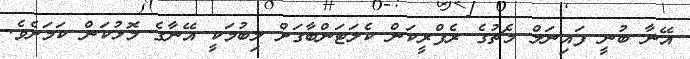
އޭނާ ބުނީ ފައިނަލް މެޗުގެ ރެފްރީކަން ކެލަޓަންބާގަށް ލިބުމަކީ އޭނާގެ މޮޅުކަން ކަމަށެވެ.